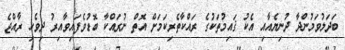
ބަދަލުވަމުންދާ ދުނިޔެއާއި އެކު ޤައިމުތަކުގެ ރައްކާތެރިކަމަށް އޮތް ނުރައްކާ ބޮޑުވެފައިވާއިރު ދިވެހި ރާއްޖެ